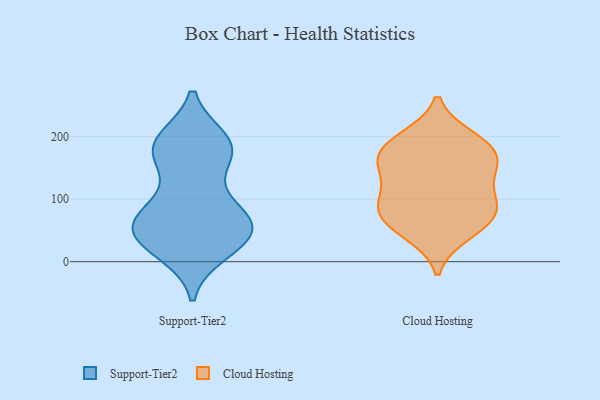
{"axis": {"x": "Backlog", "y": "Value"}, "legend": ["Cloud Hosting", "Support-Tier2"], "data": [{"x": "", "y": 56, "type": "Support-Tier2"}, {"x": "", "y": 191, "type": "Support-Tier2"}, {"x": "", "y": 16, "type": "Support-Tier2"}, {"x": "", "y": 170, "type": "Support-Tier2"}, {"x": "", "y": 90, "type": "Support-Tier2"}, {"x": "", "y": 39, "type": "Support-Tier2"}, {"x": "", "y": 17, "type": "Support-Tier2"}, {"x": "", "y": 47, "type": "Support-Tier2"}, {"x": "", "y": 192, "type": "Support-Tier2"}, {"x": "", "y": 194, "type": "Support-Tier2"}, {"x": "", "y": 79, "type": "Support-Tier2"}, {"x": "", "y": 38, "type": "Support-Tier2"}, {"x": "", "y": 63, "type": "Support-Tier2"}, {"x": "", "y": 180, "type": "Support-Tier2"}, {"x": "", "y": 57, "type": "Support-Tier2"}, {"x": "", "y": 49, "type": "Support-Tier2"}, {"x": "", "y": 155, "type": "Support-Tier2"}, {"x": "", "y": 179, "type": "Support-Tier2"}, {"x": "", "y": 85, "type": "Support-Tier2"}, {"x": "", "y": 146, "type": "Cloud Hosting"}, {"x": "", "y": 186, "type": "Cloud Hosting"}, {"x": "", "y": 93, "type": "Cloud Hosting"}, {"x": "", "y": 89, "type": "Cloud Hosting"}, {"x": "", "y": 63, "type": "Cloud Hosting"}, {"x": "", "y": 154, "type": "Cloud Hosting"}, {"x": "", "y": 166, "type": "Cloud Hosting"}, {"x": "", "y": 193, "type": "Cloud Hosting"}, {"x": "", "y": 86, "type": "Cloud Hosting"}, {"x": "", "y": 53, "type": "Cloud Hosting"}, {"x": "", "y": 164, "type": "Cloud Hosting"}, {"x": "", "y": 91, "type": "Cloud Hosting"}, {"x": "", "y": 127, "type": "Cloud Hosting"}, {"x": "", "y": 44, "type": "Cloud Hosting"}, {"x": "", "y": 198, "type": "Cloud Hosting"}]}